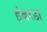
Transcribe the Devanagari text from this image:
हंबरडा